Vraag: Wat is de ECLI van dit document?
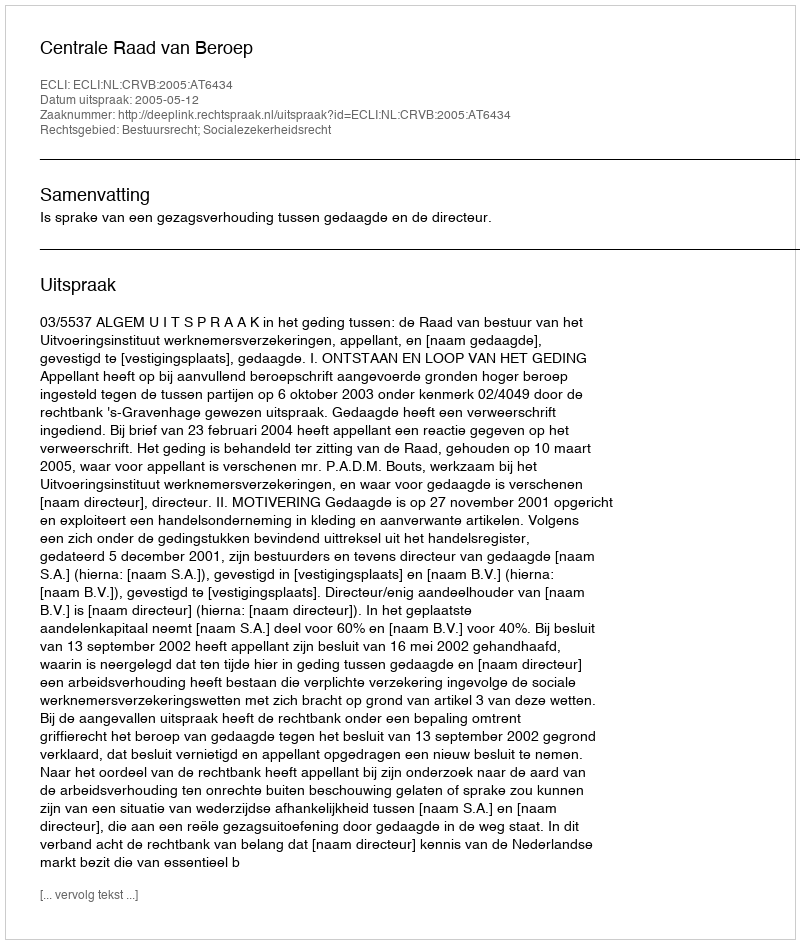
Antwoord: ECLI:NL:CRVB:2005:AT6434